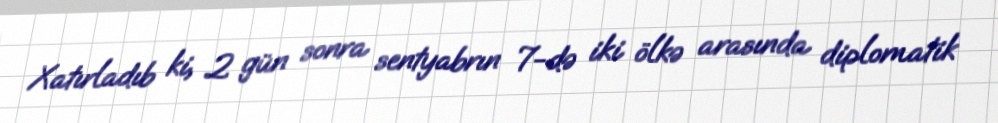
Xatırladıb ki, 2 gün sonra sentyabrın 7-də iki ölkə arasında diplomatik